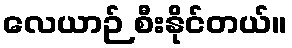
လေယာဉ် စီးနိုင်တယ်။